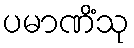
ပမာဏိံသု